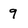
Character: 9